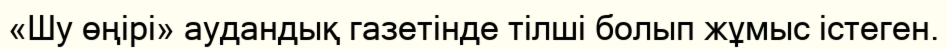
«Шу өңірі» аудандық газетінде тілші болып жұмыс істеген.